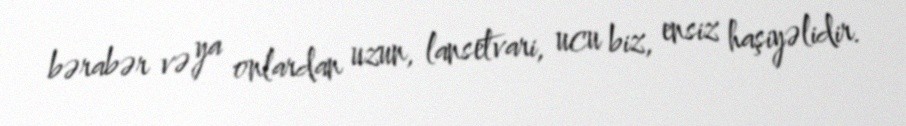
bərabər və ya onlardan uzun, lansetvari, ucu biz, ensiz haşiyəlidir.